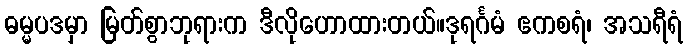
ဓမ္မပဒမှာ မြတ်စွာဘုရားက ဒီလိုဟောထားတယ်။ဒုရင်္ဂမံ ဧကစရံ၊ အသရီရံ